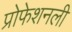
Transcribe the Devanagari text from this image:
प्रोफेशनली